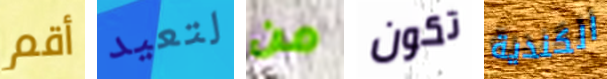
أقم لتعيد من تكون الكندية